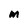
Character: m